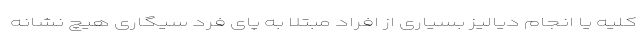
کلیه یا انجام دیالیز بسیاری از افراد مبتلا به پای فرد سیگاری هیچ نشانه